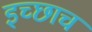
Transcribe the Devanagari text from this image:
इच्छाच